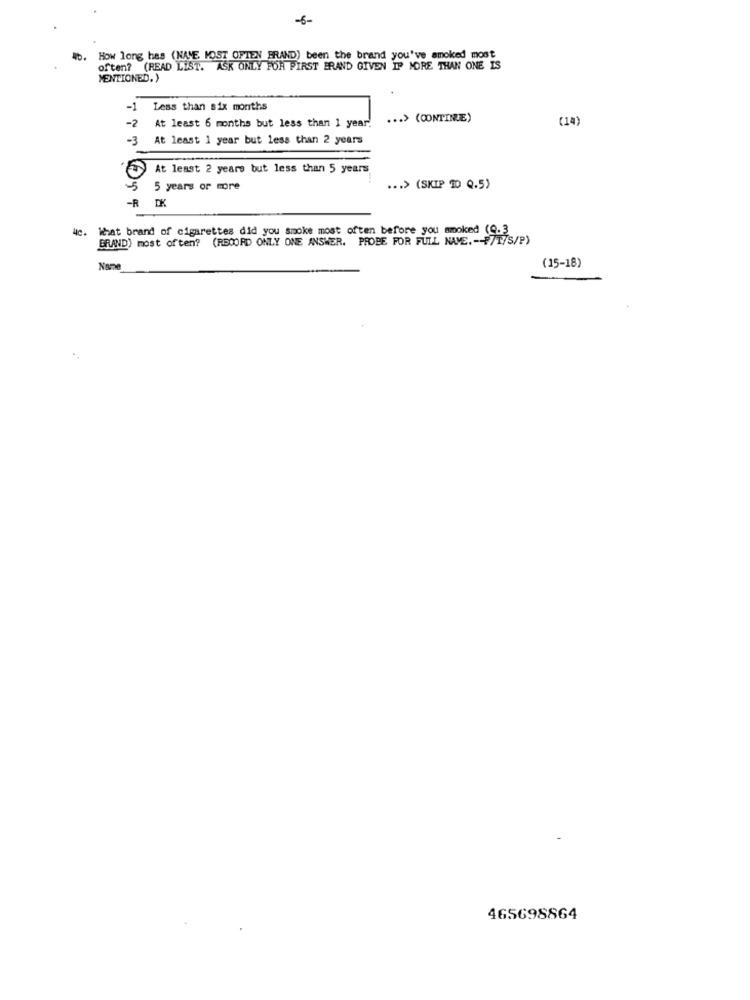
-6-
How long has (NAVE MOST OFTEN BRAND) been the brand you've smoked most
often? (READ LIST. ASK ONLY POR FIRST ERAND GIVEN IP MORE THAN ONE IS
MENTIONED.)
-1
Less than six months
-2
... > (CONTINUE)
(14)
At least 6 months but less than 1 year.
-3
At least 1 year but less than 2 years
At least 2 years but less than 5 years
5 years or more
... > (SKIP 10 Q.5)
-R IK
4e.
What brand of cigarettes did you smoke most often before you smoked (9.3
BRAND) most often? (RECORD ONLY ONE ANSWER. PROBE FOR FULL NAME .-- F/T/S/P)
(15-18)
Nome
465698864